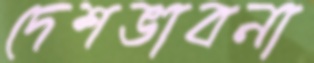
দেশভাবনা